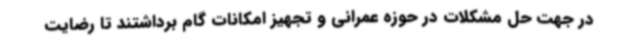
در جهت حل مشکلات در حوزه عمرانی و تجهیز امکانات گام برداشتند تا رضایت